Report on the Nagpur School of Medicine, Central Provinces
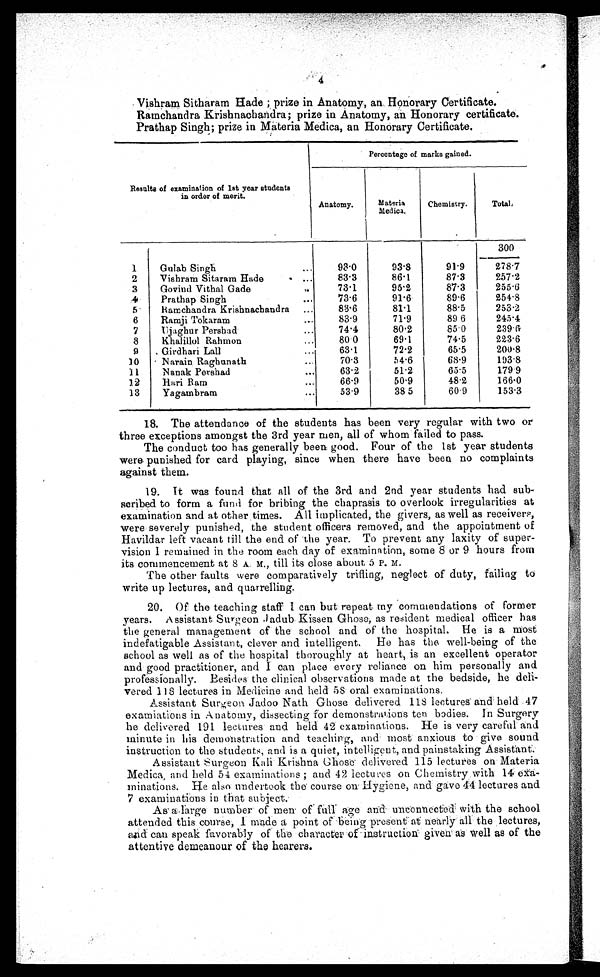
Vishram Sitharam Hade ; prize in Anatomy, an Honorary Certificate.
Ramchandra Krishnachandra; prize in Anatomy, an Honorary certificate.
Prathap Singh; prize in Materia Medica, an Honorary Certificate.
Percentage of marks gained.
Results of examination of 1st year students
in order of merit.
Anatomy.
Materia
Chemistry.
Total.
Medica.
.
300
1
Gulab Singh
...
93.0
93.8
91.9
278.7
2
Vishram Sitaram Hade
. ...
83.3
86.1
87.3
257.2
3
Govind Vithal Gade
. .
73.1
95.2
87.3
255.6
4
Prathap Singh
...
73.6
91.6
89.6
254.8
5
Ramchandra Krishnacbandra
...
83.6
81.1
8 8 . 5
253.2
6
Ramji Tokaram
...
83.9
71.9
89.6
245.4
7
Ujaghur Pershad
...
74.4
80.2
85.0
239.6
8
khalillol Rahmon
...
80.0
69.1
74.5
223.6
9
Girdhari Lall
...
63.1
72.2
65.5
2 0 0 . 8
10
Narain. Raghunath
...
70.3
54.6
68.9
193.8
11
Nanak Pershad
...
63.2
51.2
6 5 . 5
179.9
12
Hari Ram
...
66.9
50.9
48.2
166.0
13
Y a g a m b r a r m
53.9
38.5
60.9
153.3
18. The attendance of the students has been very regular with two or
three exceptions amongst the 3rd year men, all of whom failed to pass.
The conduct too has generally been good. Four of the 1st year students
were punished for card playing, since when there have been no complaints
against them.
19. It was found that all of the 3rd and 2nd year students had sub-
scribed to form a fund for bribing the chaprasis to overlook irregularities at
examination and at other times. All implicated, the givers, as well as receivers,
were severely punished, the student officers removed, and the appointment of
Havildar left vacant till the end of the year. To prevent any laxity of super-
vision I remained in the room each day of examination, some 8 or 9 hours from
its commencement at 8 A. M., till its close about 5 P.M.
The other faults were comparatively trifling, neglect of duty, failing to
write up lectures, and quarrelling.
20. Of the teaching staff I can but repeat my commendations of former
years. Assistant Surgeon Jadub Kissen Ghose, as resident medical officer has
the general management of the school and of the hospital. He is a most
indefatigable Assistant, clever and intelligent. He has the well-being of the
school as well as of the hospital thoroughly at heart, is an excellent operator
and good practitioner, and I can place every reliance on him personally and
professionally. Besides the clinical observations made at the bedside, he deli-
vered 118 lectures in Medicine and held 58 oral examinations.
Assistant Surgeon Jadoo Nath Ghose delivered 118 lectures and held 47
examiations in Anatomy, dissecting for demonstrations ten bodies. In Surgery
he delivered 191 lectures and held 42 examinations. He is very careful and
minute in his demonstration and teaching, and most anxious to give sound
instruction to the students, and is a quiet, intelligent, and painstaking Assistant.
Assistant Surgeon Kali Krishna Ghose delivered 115 lectures on Materia
Medica, and held 54 examinations ; and 42 lectures on Chemistry with 14
e x a - m i n a t i o n s . H e a l s o u n d e r t o o k t h e c o u r s e o n H y g i e n e , a n d g a v e 4 4 l e c t u r e s a n d
7 examinations in that subject.
As a large number of men of age and unconnected with the school
attended this course, I made a point of being present at nearly all the lectures,
a n d c a n s p e a k
f a v o r a b l y
o f t h e c h a r a c t e r o f i n s t r u c t i o n g i v e n a s w e l l a s o f t h e
attentive demeanour of the hearers.